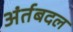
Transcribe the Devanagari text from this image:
अंर्तबदल